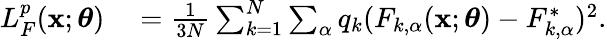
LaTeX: \begin{array}{rl}{L_{F}^{p}(\mathbf{x};\boldsymbol{\theta})}&{{}=\frac{1}{3N}\sum_{k=1}^{N}\sum_{\alpha}q_{k}(F_{k,\alpha}(\mathbf{x};\boldsymbol{\theta})-F_{k,\alpha}^{*})^{2}.}\end{array}